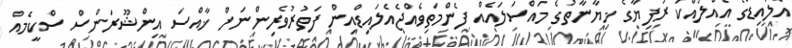
އެލައިޑްގެ އެއްލައްކަ ރުފިޔާގެ ޚިޔާނާތުގެ މައްސަލައެއް ފެންމަތިވެއްޖެއެލައިޑްއިން ފަތުރުވެރިންނަށް ޚާއްސަ އިންޝޫރަންސް ސްކީމެއް